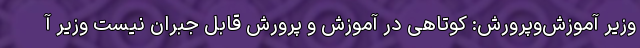
وزیر آموزش‌وپرورش: کوتاهی در آموزش و پرورش قابل جبران نیست وزیر آ